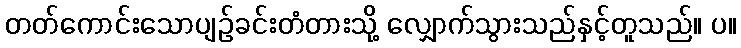
တတ်ကောင်းသောပျဉ်ခင်းတံတားသို့ လျှောက်သွားသည်နှင့်တူသည်။ ပ။